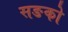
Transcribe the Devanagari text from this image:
सङको